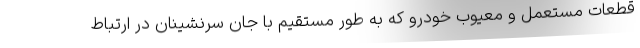
قطعات مستعمل و معیوب خودرو که به طور مستقیم با جان سرنشینان در ارتباط